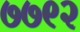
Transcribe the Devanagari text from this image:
७७९२